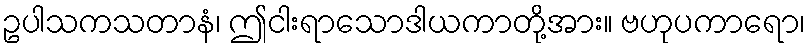
ဥပါသကသတာနံ၊ ဤငါးရာသောဒါယကာတို့အား။ ဗဟုပကာရော၊